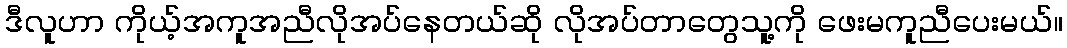
ဒီလူဟာ ကိုယ့်အကူအညီလိုအပ်နေတယ်ဆို လိုအပ်တာတွေသူ့ကို ဖေးမကူညီပေးမယ်။